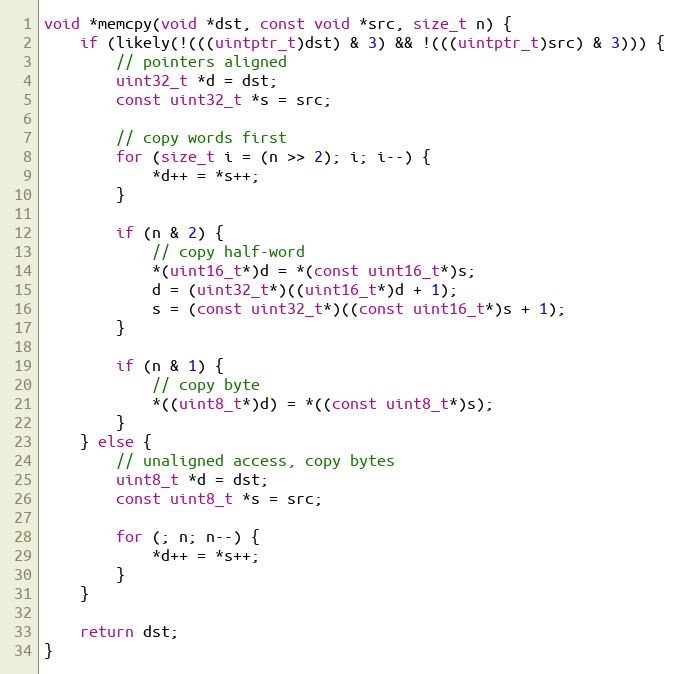
Language: C
void *memcpy(void *dst, const void *src, size_t n) {
    if (likely(!(((uintptr_t)dst) & 3) && !(((uintptr_t)src) & 3))) {
        // pointers aligned
        uint32_t *d = dst;
        const uint32_t *s = src;

        // copy words first
        for (size_t i = (n >> 2); i; i--) {
            *d++ = *s++;
        }

        if (n & 2) {
            // copy half-word
            *(uint16_t*)d = *(const uint16_t*)s;
            d = (uint32_t*)((uint16_t*)d + 1);
            s = (const uint32_t*)((const uint16_t*)s + 1);
        }

        if (n & 1) {
            // copy byte
            *((uint8_t*)d) = *((const uint8_t*)s);
        }
    } else {
        // unaligned access, copy bytes
        uint8_t *d = dst;
        const uint8_t *s = src;

        for (; n; n--) {
            *d++ = *s++;
        }
    }

    return dst;
}